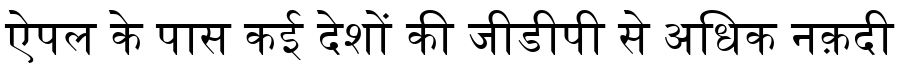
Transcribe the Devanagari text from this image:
ऐपल के पास कई देशों की जीडीपी से अधिक नक़दी